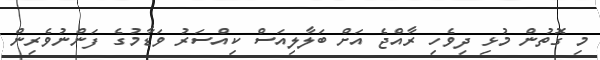
މި ގޮތުން މުޅި ދިވެހި ރާއްޖެ އަށް ބަލާލިއަސް ކިއްސަރު ވަޑާމުގެ ފަންނުވެރިން